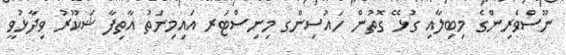
ނޫސްވެރިންގެ މިބިލާއި ގުޅޭ ގޮތުން ހައުސިންގ މިނިސްޓަރ އައިމިނަތު އާތިފާ ޝަކޫރު ވިދާޅުވީ